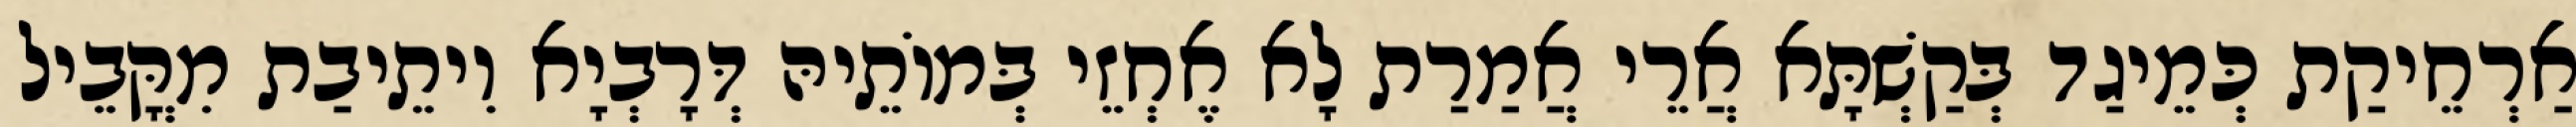
אַרְחֵיקַת כְּמֵיגַד בְּקַשְׁתָּא אֲרֵי אֲמַרַת לָא אֶחְזֵי בְּמוֹתֵיהּ דְּרָבְיָא וִיתֵיבַת מִקֳּבֵיל